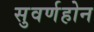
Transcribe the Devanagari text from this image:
सुवर्णहोन